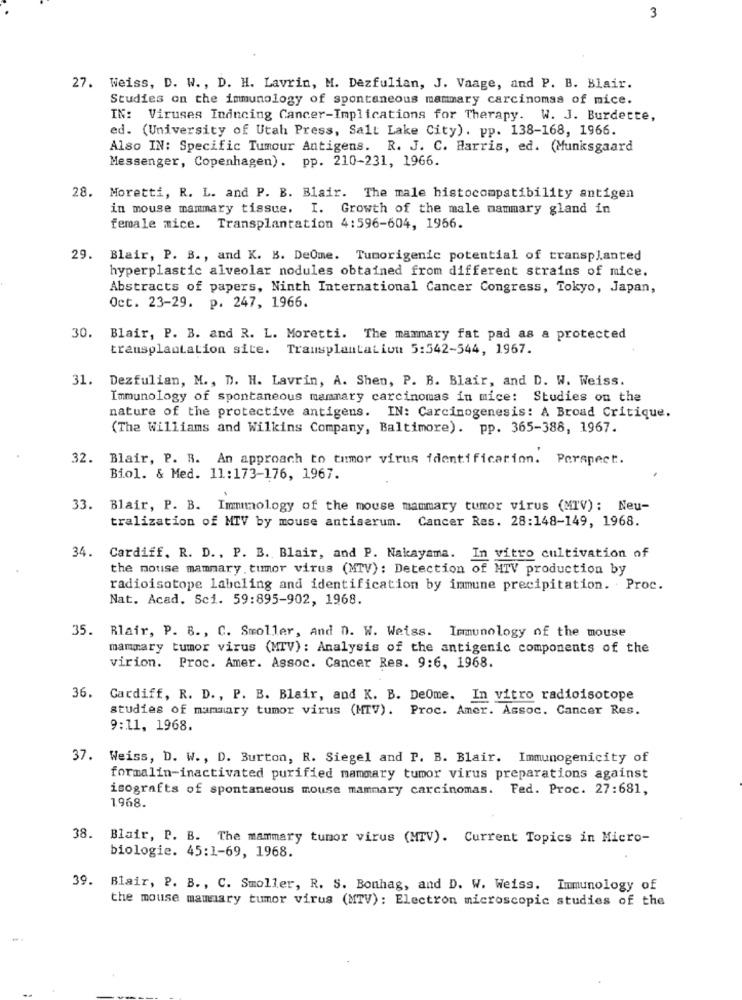
3
27. Weiss, D. W ., D. H. Lavrin, M. Dezfulian, J. Vaage, and P. B. Blair.
Studies on the immunology of spontaneous mammary carcinomas of mice.
IN: Viruses Inducing Cancer-Implications for Therapy. W. J. Burdette,
ed. (University of Utah Press, Salt Lake City). pp. 138-168, 1966.
Also IN: Specific Tumour Antigens. R. J. C. Harris, ed. (Munksgaard
Messenger, Copenhagen). pp. 210-231, 1966.
28. Moretti, R. L. and P. B. Blair. The male histocompatibility antigen
in mouse mammary tissue. I. Growth of the male mammary gland in
female mice. Transplantation 4:596-604, 1956.
29.
Blair, P. B ., and K. B. DeOme. Tumorigenic potential of transplanted
hyperplastic alveolar nodules obtained from different strains of mice.
Abstracts of papers, Ninth International Cancer Congress, Tokyo, Japan,
Oct. 23-29. p. 247, 1966.
30.
Blair, P. B. and R. L. Moretti. The mammary fat pad as a protected
transplantation site. Transplantation 5:542-544, 1967.
31. Dezfulian, M ., D. H. Lavrin, A. Shen, P. B. Blair, and D. W. Weiss.
Immunology of spontaneous mammary carcinomas in mice: Studies on the
nature of the protective antigens. IN: Carcinogenesis: A Broad Critique.
(The Williams and Wilkins Company, Baltimore). pp. 365-388, 1967.
32. Blair, P. R. An approach to tumor virus identification. Perspect.
Biol. & Med. 11:173-176, 1967.
33.
Blair, P. B. Immunology of the mouse mammary tumor virus (MTV): Neu-
tralization of MTV by mouse antiserum. Cancer Res. 28:148-149, 1968.
34.
Cardiff. R. D ., P. B. Blair, and P. Nakayama. In vitro cultivation of
the mouse mammary tumor virus (MTV): Detection of MTV production by
radioisotope labeling and identification by inmune precipitation. Proc.
Nat. Acad. Sci. 59:895-902, 1968.
35. Blair, P. B ., C. Smoller, And D. W. Weiss. Immunology of the mouse
mammary tumor virus (MTV): Analysis of the antigenic components of the
virion. Proc. Amer. Assoc. Cancer Res. 9:6, 1968.
36.
Cardiff, R. D ., P. B. Blair, and K. B. DeOme. In vitro radioisotope
studies of mammary tumor virus (MTV). Proc. Amer. Assoc. Cancer Res.
9:11, 1968.
37. Weiss, D. W ., D. Burton, R. Siegel and P. B. Blair. Immunogenicity of
formalin-inactivated purified mammary tumor virus preparations against
isografts of spontaneous mouse mammary carcinomas. Fed. Proc. 27:681,
1968.
38. Blair, P. B. The mammary tumor virus (MTV). Current Topics in Micro-
biologie. 45:1-69, 1968.
39.
Blair, P. B ., C. Smoller, R. S. Bonhag, and D. W. Weiss. Immunology of
the mouse mammary tumor virus (MTV): Electron microscopic studies of the